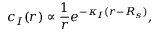
c _ { I } ( r ) \propto \frac { 1 } { r } e ^ { - \kappa _ { I } ( r - R _ { s } ) } ,